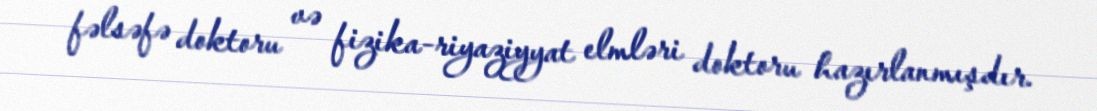
fəlsəfə doktoru və fizika-riyaziyyat elmləri doktoru hazırlanmışdır.